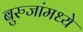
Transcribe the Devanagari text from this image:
बुरुजांमध्ये